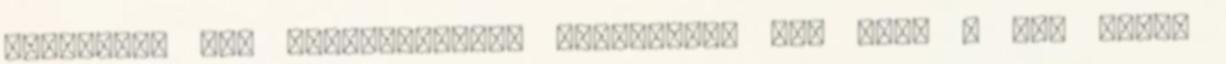
mégiscsak egy elektrokémiai reakcióról van szó, a mai napig